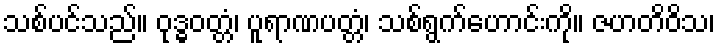
သစ်ပင်သည်။ ဝုဒ္ဓဝတ္တံ၊ ပူရာဏပတ္တံ၊ သစ်ရွက်ဟောင်းကို။ ဇဟတိဝိသ၊